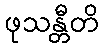
ဖုသန္တီတိ